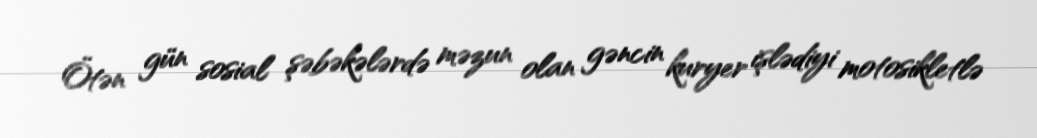
Ötən gün sosial şəbəkələrdə məzun olan gəncin kuryer işlədiyi motosikletlə